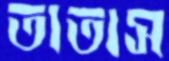
তাতাস